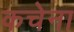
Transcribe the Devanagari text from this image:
कचेना